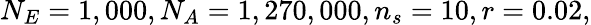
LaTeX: N_{E}=1,000,N_{A}=1,270,000,n_{s}=10,r=0.02,